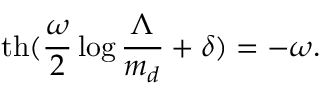
\mathrm { t h } ( \frac { \omega } { 2 } \log \frac { \Lambda } { m _ { d } } + \delta ) = - \omega .